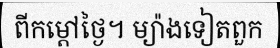
ពីកម្តៅថ្ងៃ។ ម្យ៉ាងទៀតពួក